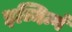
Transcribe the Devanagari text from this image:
इव्निन्गं